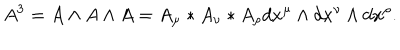
A ^ { 3 } = A \wedge A \wedge A = A _ { \mu } * A _ { \nu } * A _ { \rho } d x ^ { \mu } \wedge d x ^ { \nu } \wedge d x ^ { \rho } .